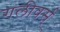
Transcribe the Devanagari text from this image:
गलीवर्स्